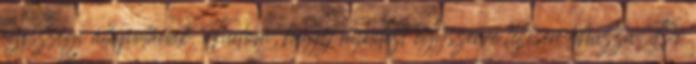
egészségi állapotának. Tudom, hogy mindezt egyszerre teljesen lehúzza. De